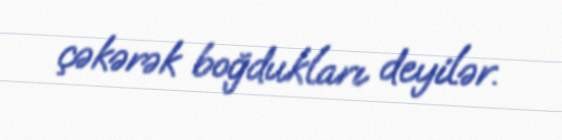
çəkərək boğdukları deyilər.